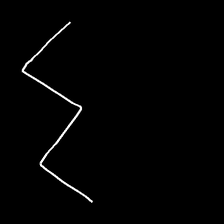
Glyph: crush